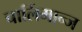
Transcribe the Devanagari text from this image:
चार्लिमान्ज